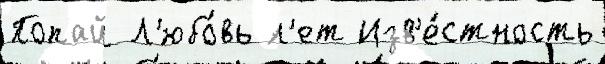
Попай Л'юбо́вь л'ет Изв'е́стность